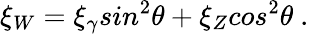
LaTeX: \xi_{W}=\xi_{\gamma}sin^{2}\theta+\xi_{Z}cos^{2}\theta~.